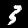
Digit: 3